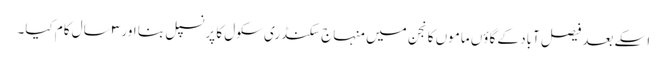
اسکے بعد فیصل آباد کے گاؤں ماموں کانجن میں منہاج سکنڈری سکول کا پرنسپل بنا اور ۳ سال کام کیا۔